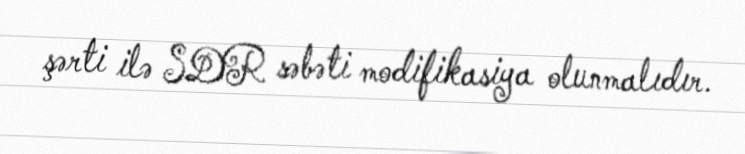
şərti ilə SDR səbəti modifikasiya olunmalıdır.